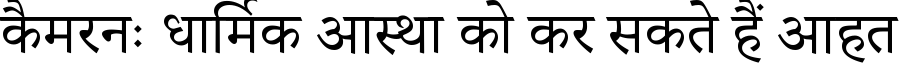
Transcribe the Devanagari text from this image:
कैमरनः धार्मिक आस्था को कर सकते हैं आहत